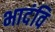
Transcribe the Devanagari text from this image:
भादंवि